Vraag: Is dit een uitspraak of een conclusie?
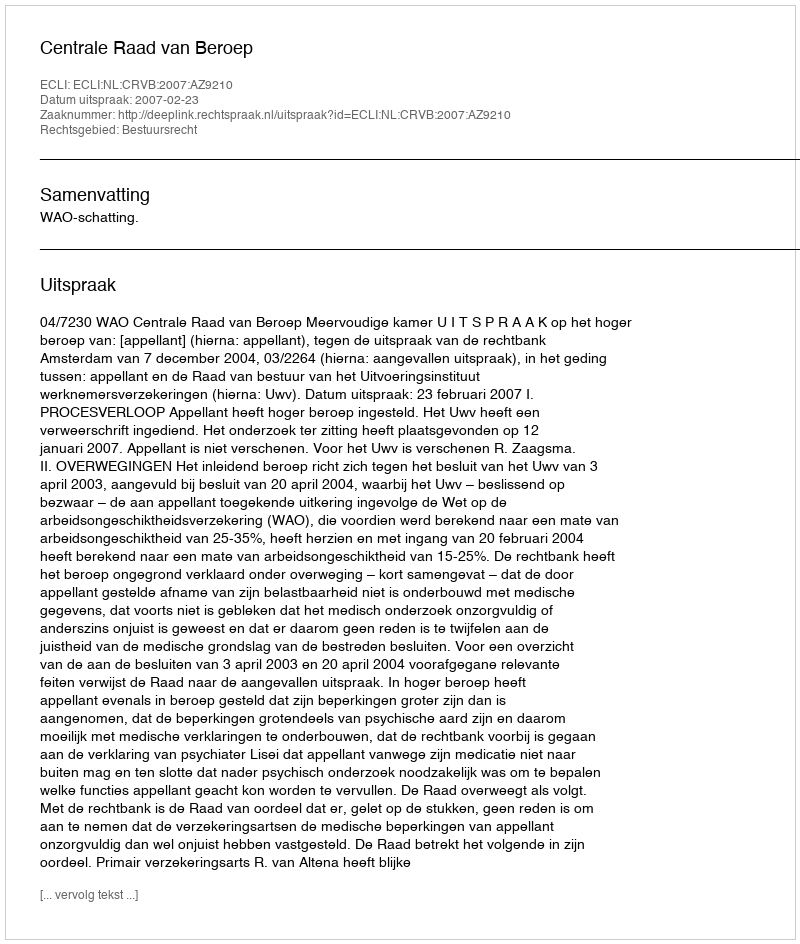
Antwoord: Uitspraak